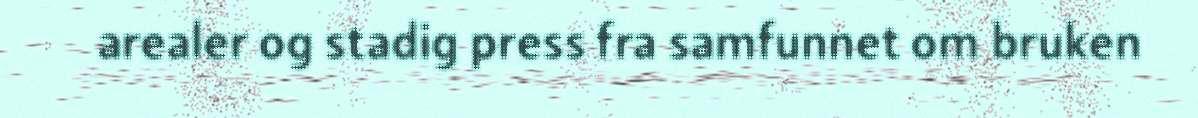
arealer og stadig press fra samfunnet om bruken